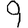
Digit: 9